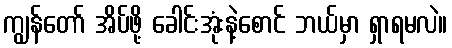
ကျွန်တော် အိပ်ဖို့ ခေါင်းအုံးနဲ့စောင် ဘယ်မှာ ရှာရမလဲ။